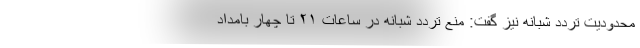
محدودیت تردد شبانه نیز گفت: منع تردد شبانه در ساعات ۲۱ تا چهار بامداد